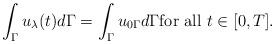
LaTeX: \begin{align*}\int_{\Gamma }^{} u_{\lambda }(t) d\Gamma = \int_{\Gamma }^{} u_{0\Gamma }d\Gamma \mbox{for all~} t \in [0,T].\end{align*}